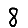
Digit: 8